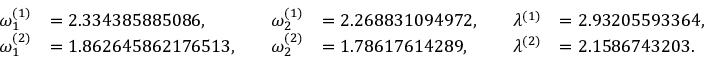
\begin{array} { r l r l r l } { \omega _ { 1 } ^ { ( 1 ) } } & { = 2 . 3 3 4 3 8 5 8 8 5 0 8 6 , \quad } & { \omega _ { 2 } ^ { ( 1 ) } } & { = 2 . 2 6 8 8 3 1 0 9 4 9 7 2 , \quad } & { \lambda ^ { ( 1 ) } } & { = 2 . 9 3 2 0 5 5 9 3 3 6 4 , } \\ { \omega _ { 1 } ^ { ( 2 ) } } & { = 1 . 8 6 2 6 4 5 8 6 2 1 7 6 5 1 3 , \quad } & { \omega _ { 2 } ^ { ( 2 ) } } & { = 1 . 7 8 6 1 7 6 1 4 2 8 9 , \quad } & { \lambda ^ { ( 2 ) } } & { = 2 . 1 5 8 6 7 4 3 2 0 3 . } \end{array}